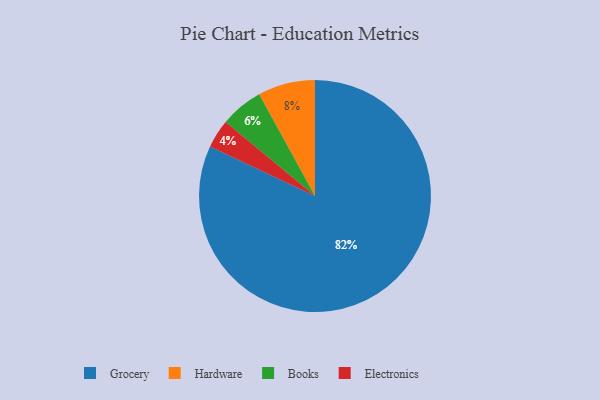
{"axis": {"x": "Category", "y": "Percentage"}, "legend": ["Books", "Electronics", "Grocery", "Hardware"], "data": [{"x": "Hardware", "y": 8, "type": "Hardware"}, {"x": "Electronics", "y": 4, "type": "Electronics"}, {"x": "Grocery", "y": 82, "type": "Grocery"}, {"x": "Books", "y": 6, "type": "Books"}]}